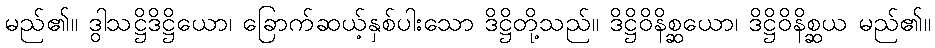
မည်၏။ ဒွါသဋ္ဌိဒိဋ္ဌိယော၊ ခြောက်ဆယ့်နှစ်ပါးသော ဒိဋ္ဌိတို့သည်။ ဒိဋ္ဌိဝိနိစ္ဆယော၊ ဒိဋ္ဌိဝိနိစ္ဆယ မည်၏။